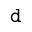
\mathtt { d }